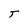
Character: T